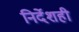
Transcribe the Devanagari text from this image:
निर्देशही